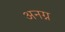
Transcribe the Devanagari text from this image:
अनग्न